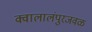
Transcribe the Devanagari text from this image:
क्वालालंपुरजवळ